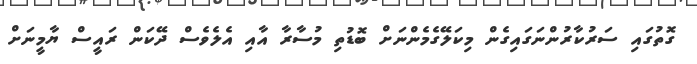
ގޮތުގައި ސަރުކާރުންނަގައިގެން މިކަލޭގެމެންނަށް ބޮޑުތި މުސާރާ އާއި އެލެވެސް ދޭކަން ރައީސް ޔާމީނަށް